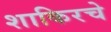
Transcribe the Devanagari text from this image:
शाकिरचे